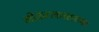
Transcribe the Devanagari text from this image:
ओढ्याकाठच्या